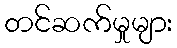
တင်ဆက်မှုများ